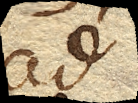
ad